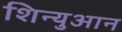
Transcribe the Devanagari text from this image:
शिन्युआन